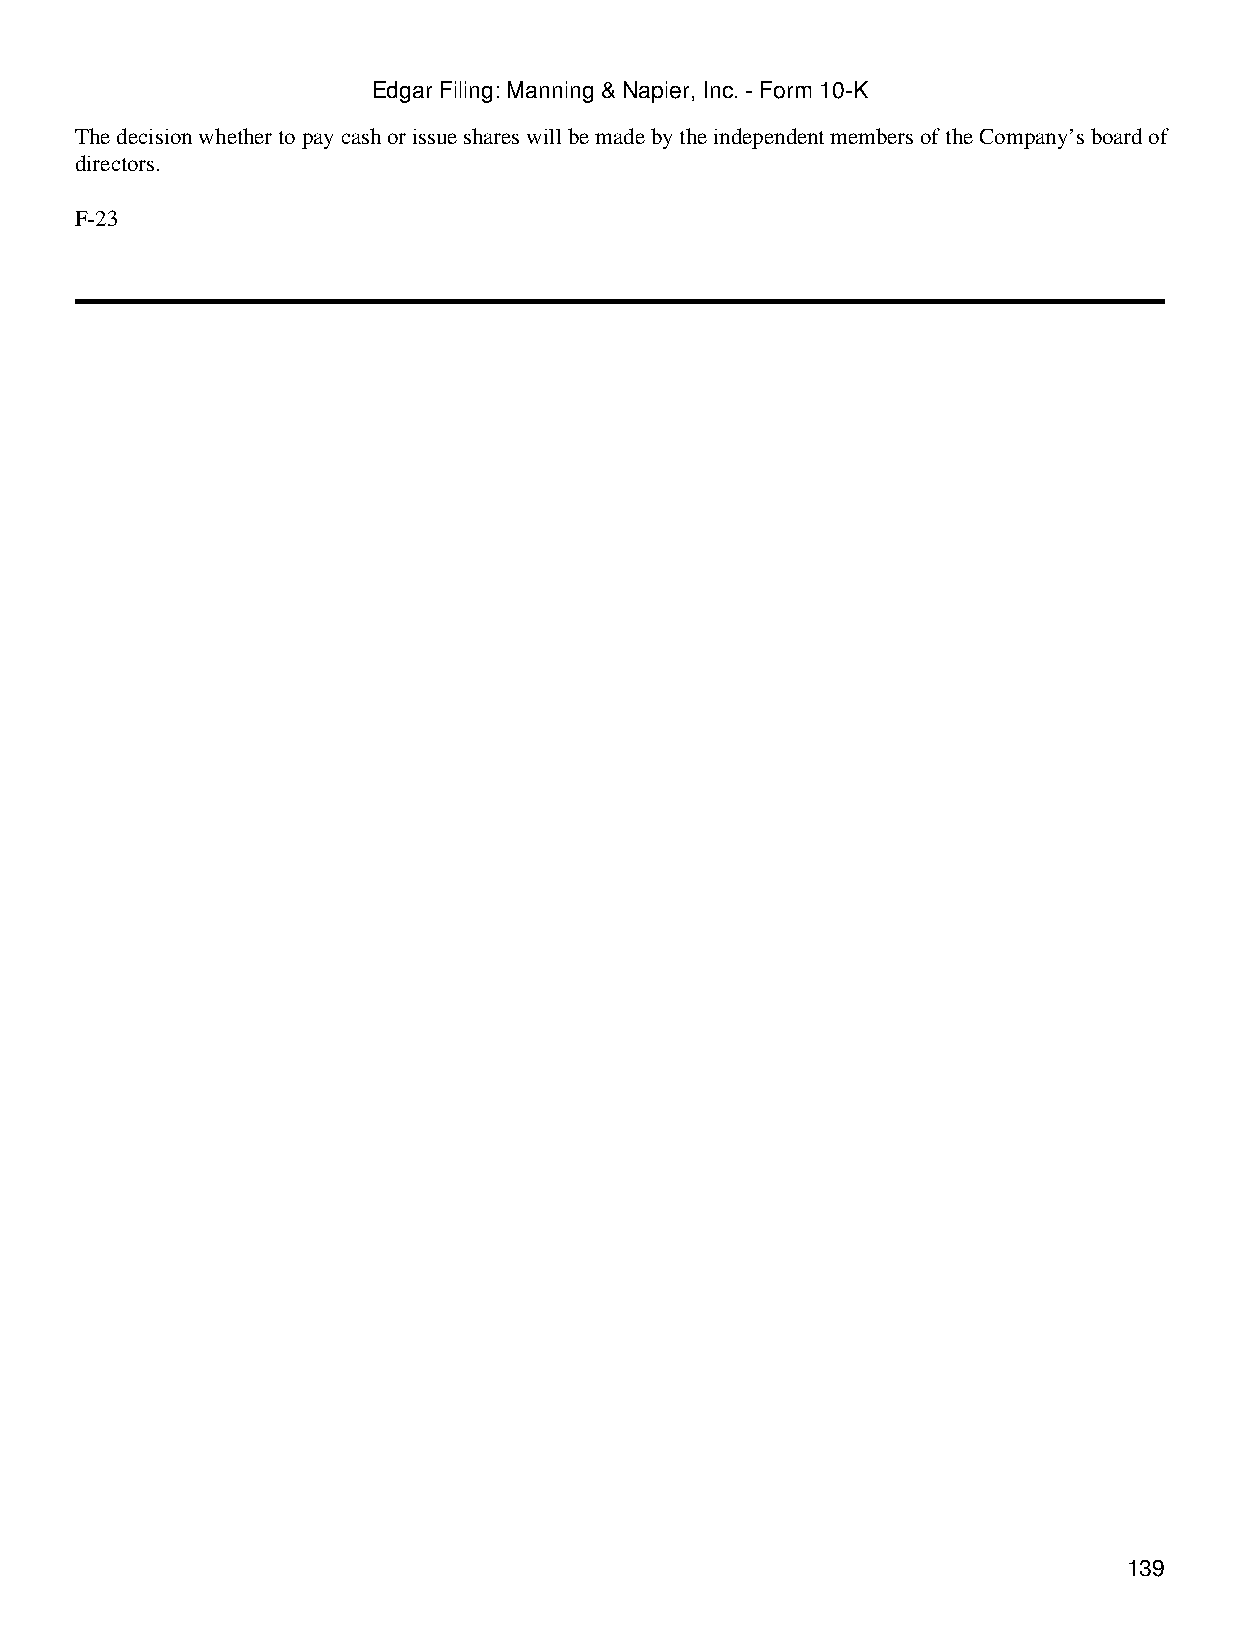
Edgar Filing: Manning & Napier, Inc. - Form 10-K
 The decision whether to pay cash or issue shares will be made by the independent members of the Company’s board of
 directors.
 F-23
 139